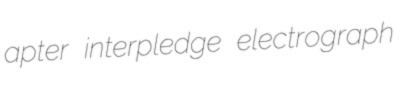
apter interpledge electrograph